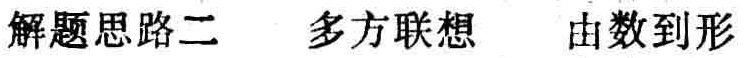
解题思路二 多方联想 由数到形